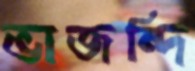
ভাজন্দি